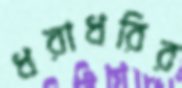
ধরাধরির